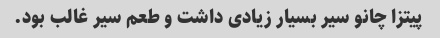
پیتزا چانو سیر بسیار زیادی داشت و طعم سیر غالب بود.